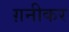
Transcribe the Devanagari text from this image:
ग़नीकर